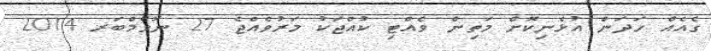
ގެއެއް ހަދަން އުޅެނިކޮށް މަތިން ވެއްޓި ކުއްޖަކު މަރުވެއްޖެ 27 ނޮވެމްބަރ 2014